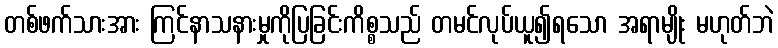
တစ်ဖက်သားအား ကြင်နာသနားမှုကိုပြခြင်းကိစ္စသည် တမင်လုပ်ယူ၍ရသော အရာမျိုး မဟုတ်ဘဲ